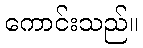
ကောင်းသည်။